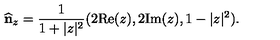
\widehat { \bf n } _ { z } = \frac { 1 } { 1 + \vert z \vert ^ { 2 } } ( 2 \mathrm { R e } ( z ) , 2 \mathrm { I m } ( z ) , 1 - \vert z \vert ^ { 2 } ) .